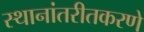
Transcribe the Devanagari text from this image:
स्थानांतरीतकरणे